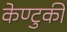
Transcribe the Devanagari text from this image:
केण्टुकी